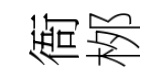
衙桞